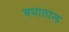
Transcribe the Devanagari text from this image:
बघाताल